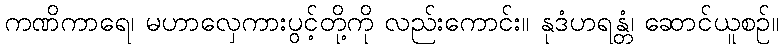
ကဏိကာရေ၊ မဟာလှေကားပွင့်တို့ကို လည်းကောင်း။ နုဒံဟရန္တံ၊ ဆောင်ယူစဉ်။